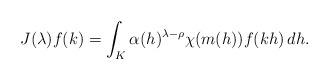
LaTeX: \begin{align*}J (\lambda) f (k) = \int_K \alpha (h)^{\lambda - \rho} \chi (m (h)) f (k h)\, d h.\end{align*}